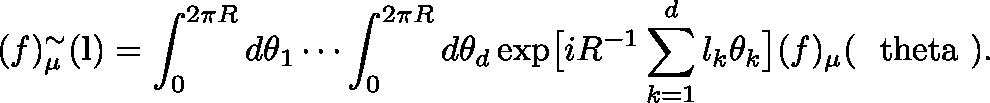
( f ) _ { \mu } ^ { \sim } ( { \bf l } ) = \int _ { 0 } ^ { 2 \pi R } d \theta _ { 1 } \cdots \int _ { 0 } ^ { 2 \pi R } d \theta _ { d } \exp \bigl [ i R ^ { - 1 } \sum _ { k = 1 } ^ { d } l _ { k } \theta _ { k } \bigr ] ( f ) _ { \mu } ( \mathrm { \boldmath { ~ \ t h e t a ~ } } ) .